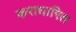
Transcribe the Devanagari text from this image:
कराधारित